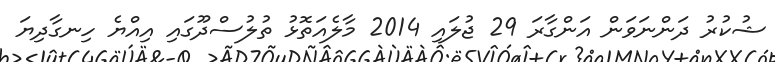
ޝުކުރު ދަންނަވަން އަންގާރަ 29 ޖުލައި 2014 މާލެއަތޮޅު ތުލުސްދޫގައި އިއްޔެ ހިނގާދިޔަ